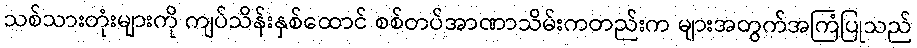
သစ်သားတုံးများကို ကျပ်သိန်းနှစ်ထောင် စစ်တပ်အာဏာသိမ်းကတည်းက များအတွက်အကြံပြုသည်